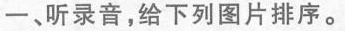
一、听录音，给下列图片排序。